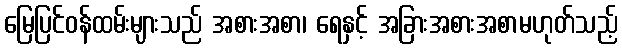
မြေပြင်ဝန်ထမ်းများသည် အစားအစာ၊ ရေနှင့် အခြားအစားအစာမဟုတ်သည့်